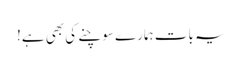
یہ بات ہمارے سوچنے کی بھی ہے!